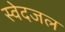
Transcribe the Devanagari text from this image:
स्वेदजल